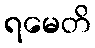
ရမေတိ